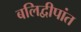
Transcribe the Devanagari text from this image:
बलिद्वीपांत